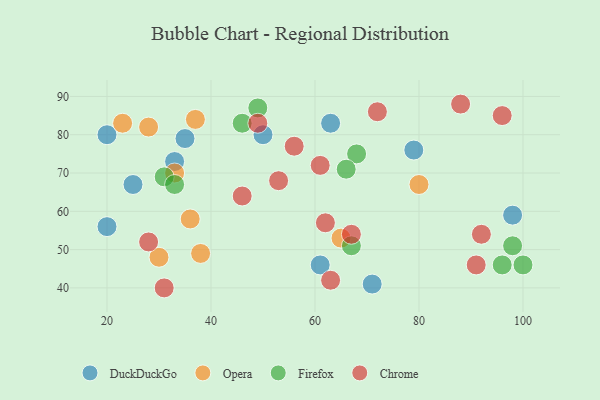
{"axis": {"x": "GDP", "y": "Life Expectancy"}, "legend": ["Chrome", "DuckDuckGo", "Firefox", "Opera"], "data": [{"x": "33", "y": 73, "type": "DuckDuckGo"}, {"x": "79", "y": 76, "type": "DuckDuckGo"}, {"x": "71", "y": 41, "type": "DuckDuckGo"}, {"x": "61", "y": 46, "type": "DuckDuckGo"}, {"x": "35", "y": 79, "type": "DuckDuckGo"}, {"x": "98", "y": 59, "type": "DuckDuckGo"}, {"x": "63", "y": 83, "type": "DuckDuckGo"}, {"x": "20", "y": 80, "type": "DuckDuckGo"}, {"x": "50", "y": 80, "type": "DuckDuckGo"}, {"x": "20", "y": 56, "type": "DuckDuckGo"}, {"x": "25", "y": 67, "type": "DuckDuckGo"}, {"x": "33", "y": 70, "type": "Opera"}, {"x": "23", "y": 83, "type": "Opera"}, {"x": "38", "y": 49, "type": "Opera"}, {"x": "36", "y": 58, "type": "Opera"}, {"x": "28", "y": 82, "type": "Opera"}, {"x": "37", "y": 84, "type": "Opera"}, {"x": "65", "y": 53, "type": "Opera"}, {"x": "80", "y": 67, "type": "Opera"}, {"x": "30", "y": 48, "type": "Opera"}, {"x": "100", "y": 46, "type": "Firefox"}, {"x": "98", "y": 51, "type": "Firefox"}, {"x": "96", "y": 46, "type": "Firefox"}, {"x": "31", "y": 69, "type": "Firefox"}, {"x": "68", "y": 75, "type": "Firefox"}, {"x": "33", "y": 67, "type": "Firefox"}, {"x": "46", "y": 83, "type": "Firefox"}, {"x": "66", "y": 71, "type": "Firefox"}, {"x": "67", "y": 51, "type": "Firefox"}, {"x": "49", "y": 87, "type": "Firefox"}, {"x": "62", "y": 57, "type": "Chrome"}, {"x": "31", "y": 40, "type": "Chrome"}, {"x": "72", "y": 86, "type": "Chrome"}, {"x": "53", "y": 68, "type": "Chrome"}, {"x": "46", "y": 64, "type": "Chrome"}, {"x": "28", "y": 52, "type": "Chrome"}, {"x": "63", "y": 42, "type": "Chrome"}, {"x": "56", "y": 77, "type": "Chrome"}, {"x": "67", "y": 54, "type": "Chrome"}, {"x": "49", "y": 83, "type": "Chrome"}, {"x": "91", "y": 46, "type": "Chrome"}, {"x": "88", "y": 88, "type": "Chrome"}, {"x": "96", "y": 85, "type": "Chrome"}, {"x": "92", "y": 54, "type": "Chrome"}, {"x": "61", "y": 72, "type": "Chrome"}]}